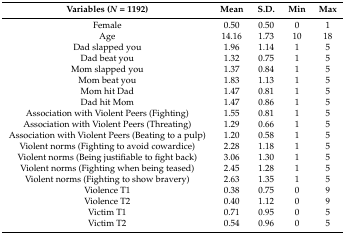
<table><thead><tr><td><b>Variables (<i>N</i> = 1192)</b></td><td><b>Mean</b></td><td><b>S.D.</b></td><td><b>Min</b></td><td><b>Max</b></td></tr></thead><tbody><tr><td>Female</td><td>0.50</td><td>0.50</td><td>0</td><td>1</td></tr><tr><td>Age</td><td>14.16</td><td>1.73</td><td>10</td><td>18</td></tr><tr><td>Dad slapped you</td><td>1.96</td><td>1.14</td><td>1</td><td>5</td></tr><tr><td>Dad beat you</td><td>1.32</td><td>0.75</td><td>1</td><td>5</td></tr><tr><td>Mom slapped you</td><td>1.37</td><td>0.84</td><td>1</td><td>5</td></tr><tr><td>Mom beat you</td><td>1.83</td><td>1.13</td><td>1</td><td>5</td></tr><tr><td>Mom hit Dad</td><td>1.47</td><td>0.81</td><td>1</td><td>5</td></tr><tr><td>Dad hit Mom</td><td>1.47</td><td>0.86</td><td>1</td><td>5</td></tr><tr><td>Association with Violent Peers (Fighting)</td><td>1.55</td><td>0.81</td><td>1</td><td>5</td></tr><tr><td>Association with Violent Peers (Threating)</td><td>1.29</td><td>0.66</td><td>1</td><td>5</td></tr><tr><td>Association with Violent Peers (Beating to a pulp)</td><td>1.20</td><td>0.58</td><td>1</td><td>5</td></tr><tr><td>Violent norms (Fighting to avoid cowardice)</td><td>2.28</td><td>1.18</td><td>1</td><td>5</td></tr><tr><td>Violent norms (Being justifiable to fight back)</td><td>3.06</td><td>1.30</td><td>1</td><td>5</td></tr><tr><td>Violent norms (Fighting when being teased)</td><td>2.45</td><td>1.28</td><td>1</td><td>5</td></tr><tr><td>Violent norms (Fighting to show bravery)</td><td>2.63</td><td>1.35</td><td>1</td><td>5</td></tr><tr><td>Violence T1</td><td>0.38</td><td>0.75</td><td>0</td><td>9</td></tr><tr><td>Violence T2</td><td>0.40</td><td>1.12</td><td>0</td><td>9</td></tr><tr><td>Victim T1</td><td>0.71</td><td>0.95</td><td>0</td><td>5</td></tr><tr><td>Victim T2</td><td>0.54</td><td>0.96</td><td>0</td><td>5</td></tr></tbody></table>